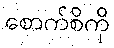
စောက်စိကို